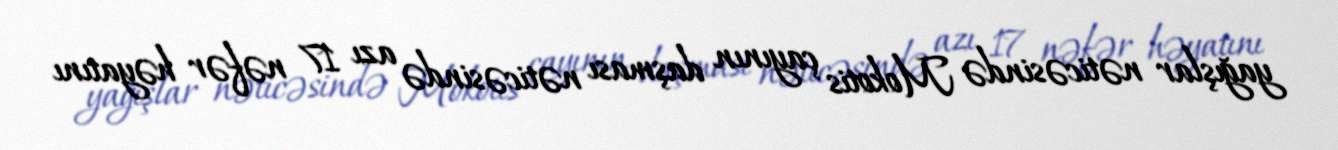
yağışlar nəticəsində Mokotis çayının daşması nəticəsində azı 17 nəfər həyatını